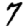
Digit: 7